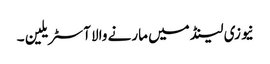
نیوزی لینڈ میں مارنے والا آسٹریلین ۔